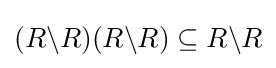
(R\backslash R)(R\backslash R)\subseteq R\backslash R